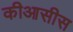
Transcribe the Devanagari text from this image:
कीआसीस